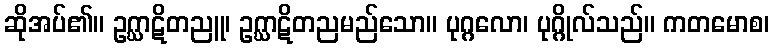
ဆိုအပ်၏။ ဥဂ္ဃာဋိတညူ၊ ဥဂ္ဃာဋိတညမည်သော။ ပုဂ္ဂလော၊ ပုဂ္ဂိုလ်သည်။ ကတမောစ၊